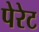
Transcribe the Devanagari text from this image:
पेरेट